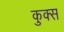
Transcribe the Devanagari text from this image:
कुक्स